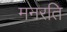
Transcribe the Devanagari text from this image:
मनरति